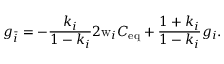
g _ { \bar { i } } = - \frac { k _ { i } } { 1 - k _ { i } } 2 \mathrm { w } _ { i } C _ { \mathrm { e q } } + \frac { 1 + k _ { i } } { 1 - k _ { i } } g _ { i } .